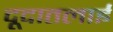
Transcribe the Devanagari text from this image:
दूदातलाई